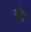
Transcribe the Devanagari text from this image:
औडा